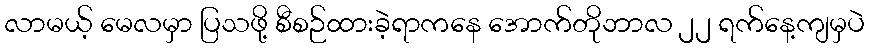
လာမယ့် မေလမှာ ပြသဖို့ စီစဉ်ထားခဲ့ရာကနေ အောက်တိုဘာလ ၂၂ ရက်နေ့ကျမှပဲ